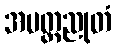
အမတ္တညုတံ